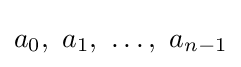
a_{0},\ a_{1},\ \dots ,\ a_{n-1}